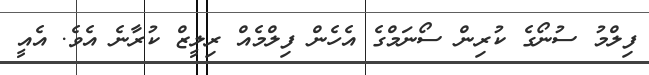
ފިލްމު ސުނޯގެ ކުރިން ސޯނަމްގެ އެހެން ފިލްމެއް ރިލީޒް ކުރާނެ އެވެ. އެއީ